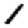
Digit: 1